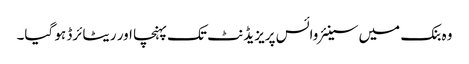
وہ بنک میں سینئر وائس پریزیڈنٹ تک پہنچا اور ریٹائرڈ ہو گیا۔